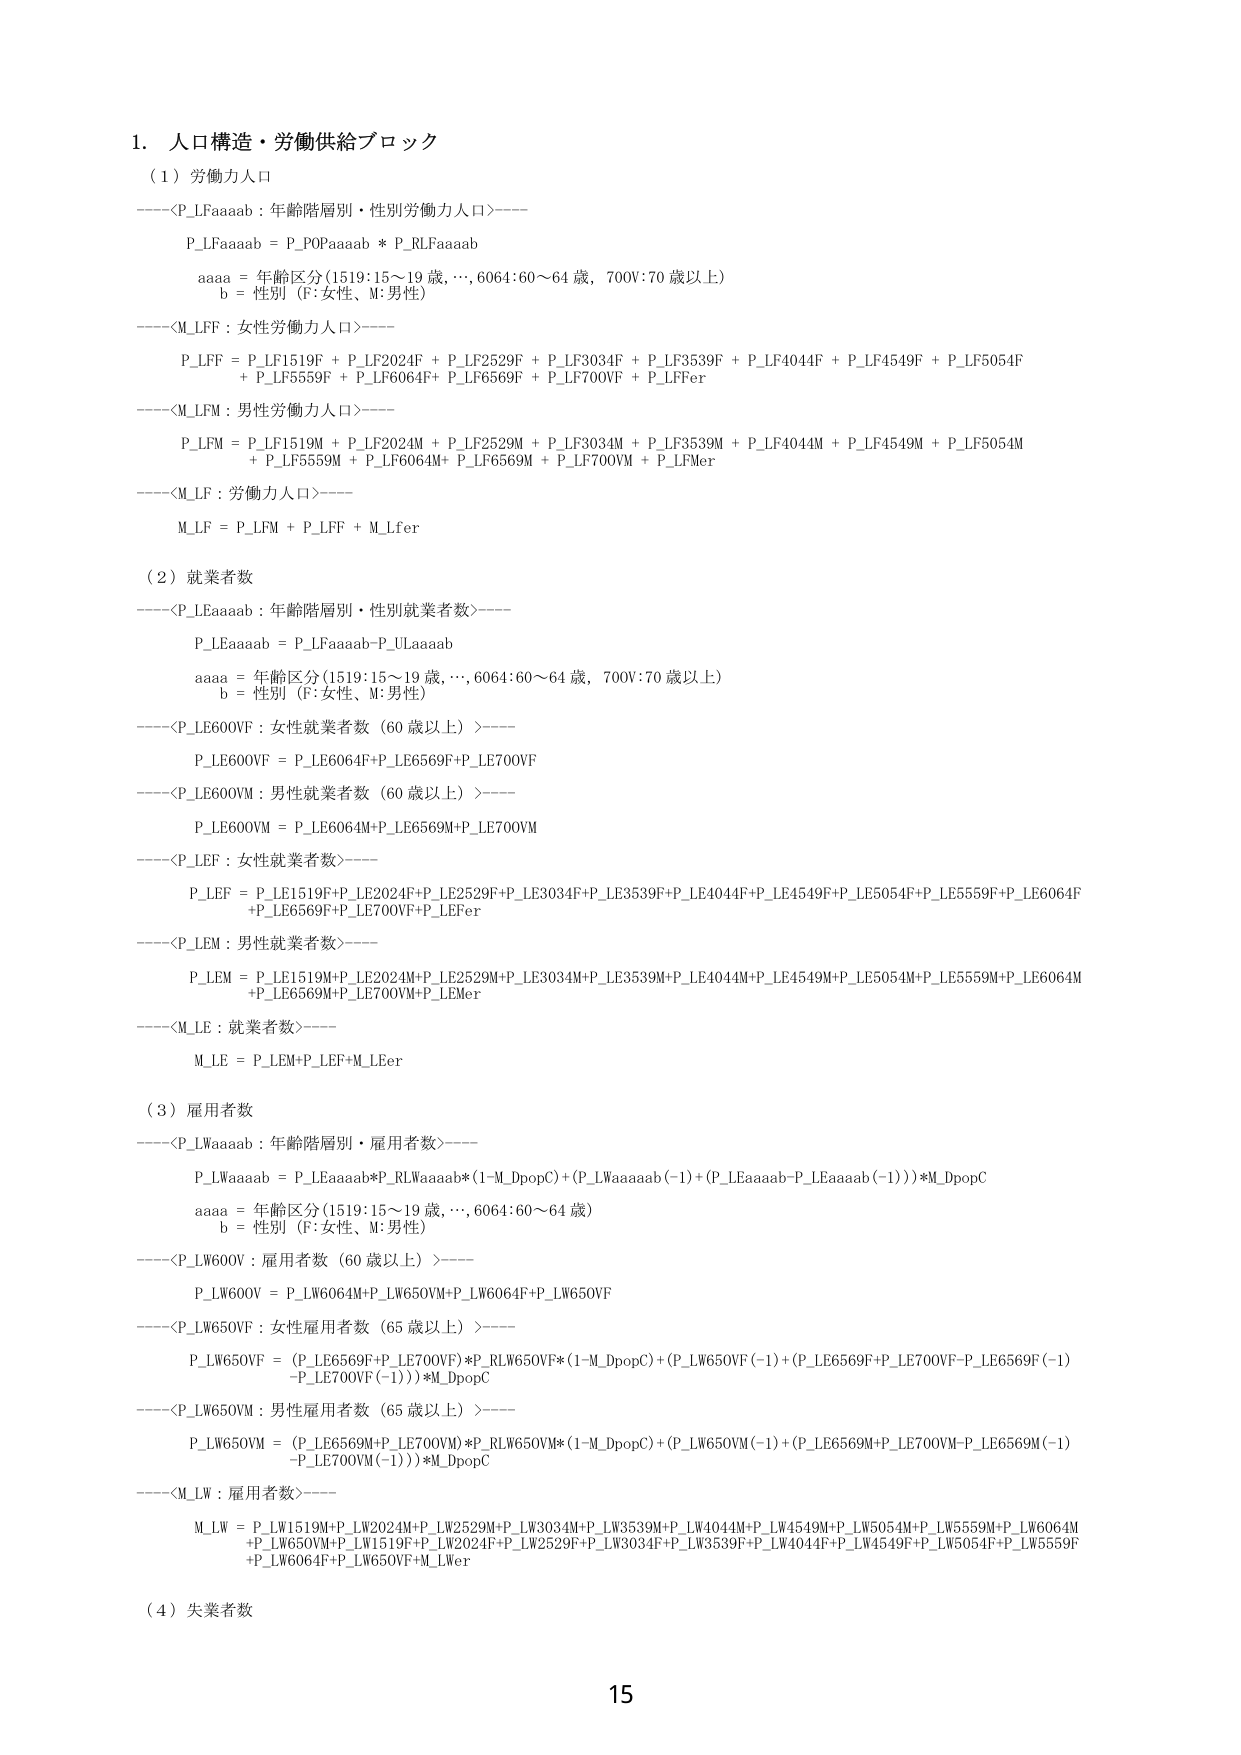
1. 人口構造・労働供給ブロック

（1）労働力人口
----<P_LFaaab：年齢階層別・性別労働力人口>----
P_LFaaab = P_POPaaab * P_RLFaaab
aaaa = 年齢区分(1519:15～19 歳,..., 6064:60～64 歳, 700V:70 歳以上)
b = 性別（F:女性、M:男性）
----<M_LFF：女性労働力人口>----
P_LFF = P_LF1519F + P_LF2024F + P_LF2529F + P_LF3034F + P_LF3539F + P_LF4044F + P_LF4549F + P_LF5054F
+ P_LF5559F + P_LF6064F+ P_LF6569F + P_LF700VF + P_LFFer
----<M_LFM：男性労働力人口>----
P_LFM = P_LF1519M + P_LF2024M + P_LF2529M + P_LF3034M + P_LF3539M + P_LF4044M + P_LF4549M + P_LF5054M
+ P_LF5559M + P_LF6064M+ P_LF6569M + P_LF700VM + P_LFMer
----<M_LF：労働力人口>----
M_LF = P_LFM + P_LFF + M_Lfer

（2）就業者数
----<P_LEaaab：年齢階層別・性別就業者数>----
P_LEaaab = P_LFaaab-P_ULaaab
aaaa = 年齢区分(1519:15～19 歳,..., 6064:60～64 歳, 700V:70 歳以上)
b = 性別（F:女性、M:男性）
----<P_LE600VF：女性就業者数（60 歳以上）>----
P_LE600VF = P_LE6064F+P_LE6569F+P_LE700VF
----<P_LE600VM：男性就業者数（60 歳以上）>----
P_LE600VM = P_LE6064M+P_LE6569M+P_LE700VM
----<P_LEF：女性就業者数>----
P_LEF = P_LE1519F+P_LE2024F+P_LE2529F+P_LE3034F+P_LE3539F+P_LE4044F+P_LE4549F+P_LE5054F+P_LE5559F+P_LE6064F
+P_LE6569F+P_LE700VF+P_LEFer
----<P_LEM：男性就業者数>----
P_LEM = P_LE1519M+P_LE2024M+P_LE2529M+P_LE3034M+P_LE3539M+P_LE4044M+P_LE4549M+P_LE5054M+P_LE5559M+P_LE6064M
+P_LE6569M+P_LE700VM+P_LEMer
----<M_LE：就業者数>----
M_LE = P_LEM+P_LEF+M_LEer

（3）雇用者数
----<P_LWaaab：年齢階層別・雇用者数>----
P_LWaaab = P_LEaaab*P_RLWaaab*(1-M_DpopC)+(P_LWaaab(-1)+(P_LEaaab-P_LEaaab(-1)))*M_DpopC
aaaa = 年齢区分(1519:15～19 歳,..., 6064:60～64 歳)
b = 性別（F:女性、M:男性）
----<P_LW600V：雇用者数（60 歳以上）>----
P_LW600V = P_LW6064M+P_LW650VM+P_LW6064F+P_LW650VF
----<P_LW650VF：女性雇用者数（65 歳以上）>----
P_LW650VF = (P_LE6569F+P_LE700VF)*P_RLW650VF*(1-M_DpopC)+(P_LW650VF(-1)+(P_LE6569F+P_LE700VF-P_LE6569F(-1)
-P_LE700VF(-1)))*M_DpopC
----<P_LW650VM：男性雇用者数（65 歳以上）>----
P_LW650VM = (P_LE6569M+P_LE700VM)*P_RLW650VM*(1-M_DpopC)+(P_LW650VM(-1)+(P_LE6569M+P_LE700VM-P_LE6569M(-1)
-P_LE700VM(-1)))*M_DpopC
----<M_LW：雇用者数>----
M_LW = P_LW1519M+P_LW2024M+P_LW2529M+P_LW3034M+P_LW3539M+P_LW4044M+P_LW4549M+P_LW5054M+P_LW5559M+P_LW6064M
+P_LW650VM+P_LW1519F+P_LW2024F+P_LW2529F+P_LW3034F+P_LW3539F+P_LW4044F+P_LW4549F+P_LW5054F+P_LW5559F
+P_LW6064F+P_LW650VF+M_LWer

（4）失業者数

15